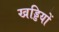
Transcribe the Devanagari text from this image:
खड्डियों